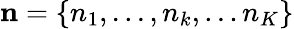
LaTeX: \mathbf{n}=\left\{ {{n}_{1}},...,{{n}_{k}},...{{n}_{K}}\right\}